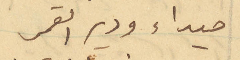
صيداء ودير القمر